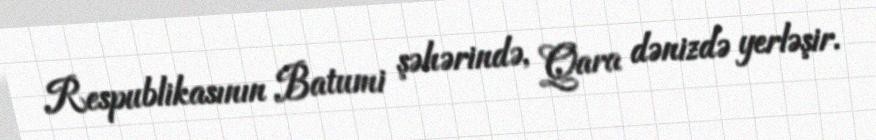
Respublikasının Batumi şəhərində, Qara dənizdə yerləşir.